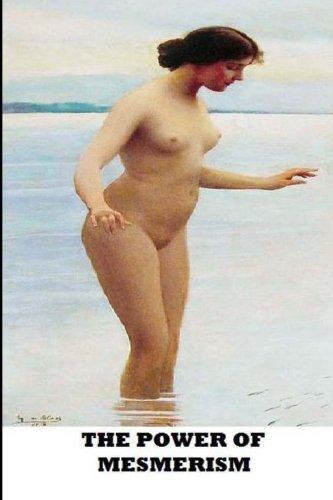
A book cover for The Power of Mesmerism; Anonymous; Romance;